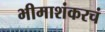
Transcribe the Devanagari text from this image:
भीमाशंकरचं